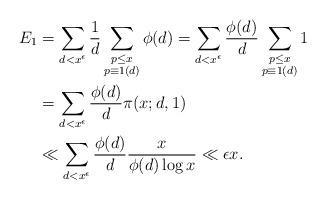
LaTeX: \begin{align*} E_1&=\sum_{d<x^{\epsilon}}\frac 1d \sum_{\substack{{p\leq x} \\ {p\equiv 1 (d)}}} \phi(d) = \sum_{d<x^{\epsilon}}\frac {\phi(d)}d \sum_{\substack{{p\leq x} \\ {p\equiv 1 (d)}}} 1\\ &=\sum_{d<x^{\epsilon}}\frac {\phi(d)}d \pi(x;d,1)\\ &\ll \sum_{d<x^{\epsilon}}\frac {\phi(d)}d \frac{x}{\phi(d)\log x} \ll \epsilon x. \end{align*}